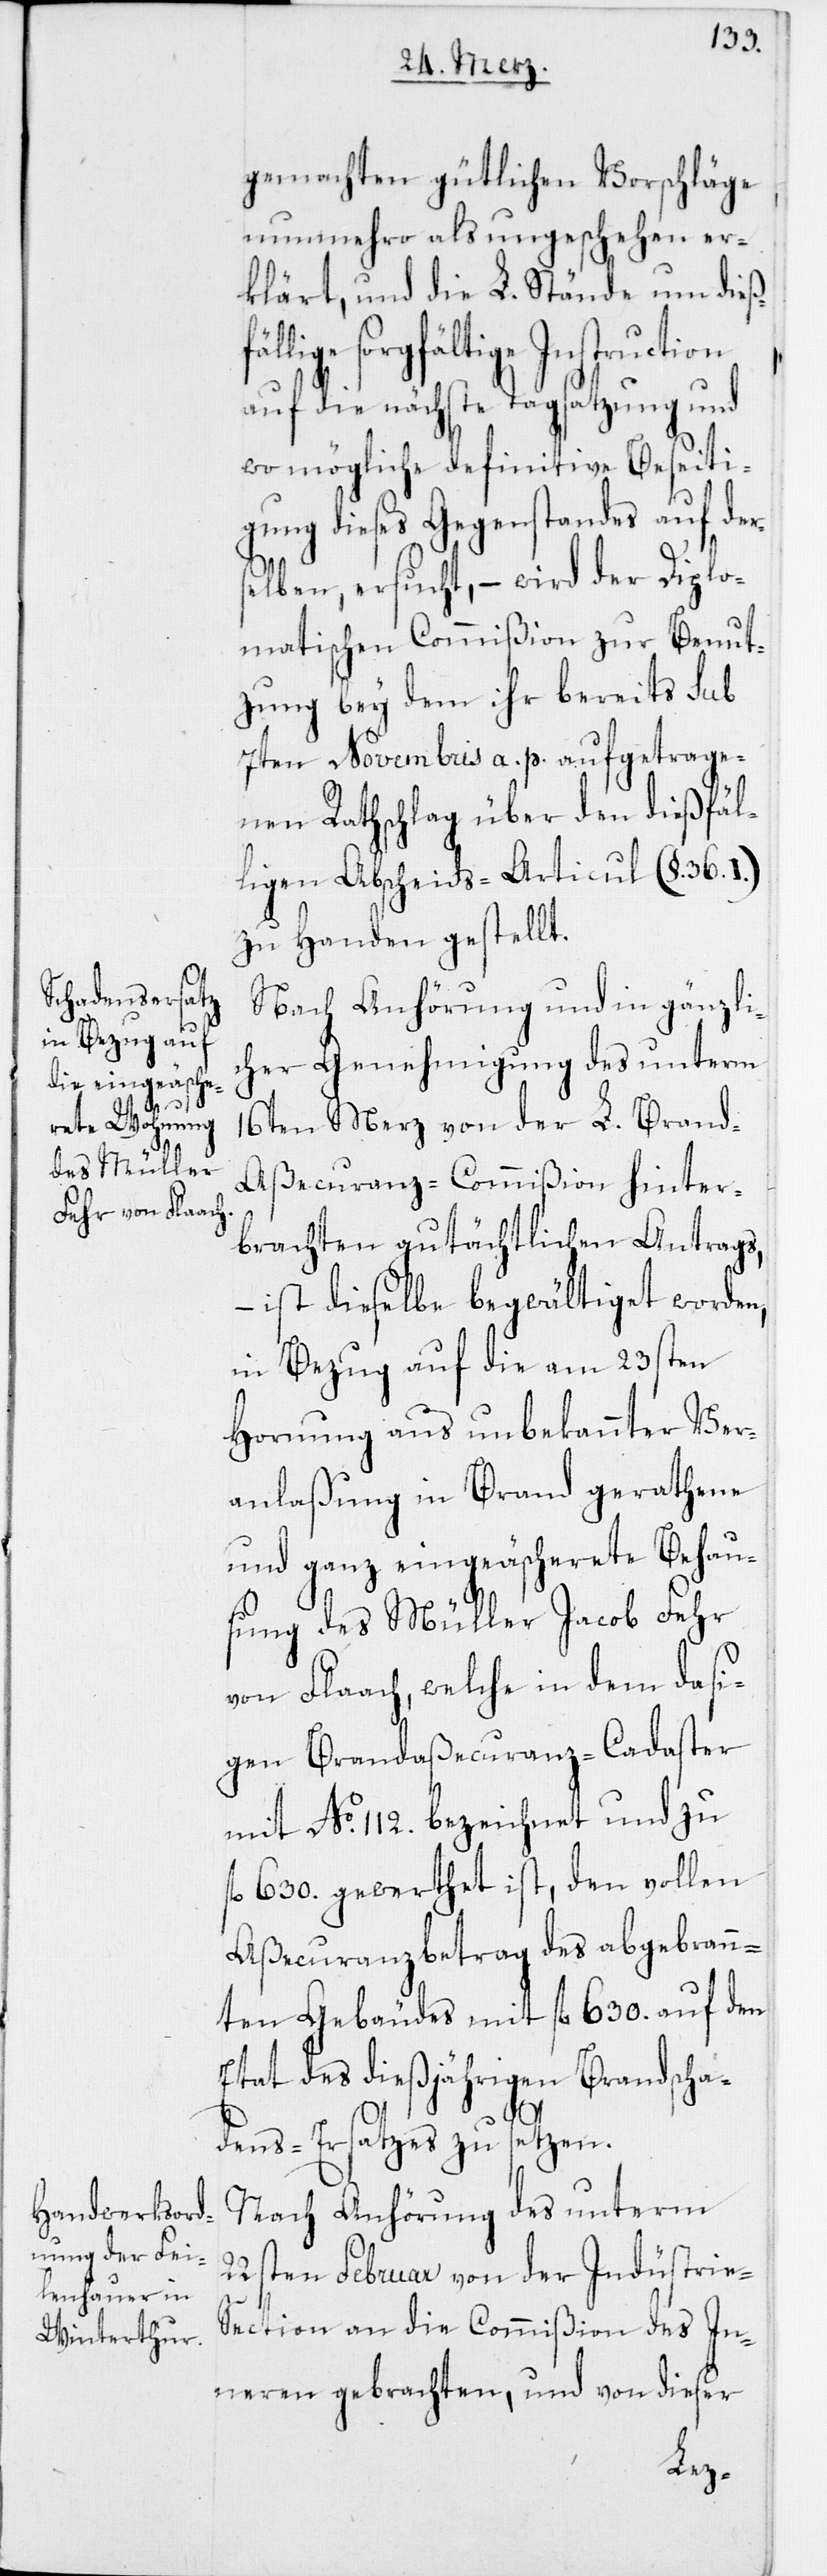
gemachten gütlichen Vorschläge
nunmehro als ungeschehen er¬
klärt, und die L. Stände um dieß¬
fällige sorgfältige Instruction
auf die nächste Tagsatzung und
wo möglich definitive Beseiti¬
gung dieses Gegenstandes auf der¬
selben, ersucht, – wird der Diplo¬
matischen Commißion zur Benut¬
zung bey dem ihr bereits sub
7ten Novembris a. p. aufgetrage¬
nen Rathschlag über den dießfäl¬
ligen Abscheids-Articul (§. 36.
zu Handen gestellt.
Nach Anhörung und in gänzli¬
cher Genehmigung des unterm
16ten Merz von der L. Brand-A¬
ßecuranz-Commißion hinter¬
brachten gutächtlichen Antrags,
– ist dieselbe begwältiget worden,
in Bezug auf die am 23sten
Hornung aus unbekannter Ver¬
anlaßung in Brand gerathene
und ganz eingeäscherete Behau¬
sung des Müller Jacob Fehr
von Flaach, welche in dem dasi¬
gen Brandaßecuranz-Cadaster
mit No 112. bezeichnet und zu
630. gewerthet ist, den vollen
Aßecuranzbetrag des abgebrann¬
ten Gebäudes mit fl. 630. auf den
Etat des dießjährigen Brandscha¬
dens-Ersatzes zu setzen.
Nach Anhörung des unterm
22sten Februar von der Indüstrie-S¬
ection an die Commißion des In¬
neren gebrachten, und von dieser